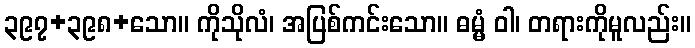
၃၉၇+၃၉၈+သော။ ကိုသိုလံ၊ အပြစ်ကင်းသော။ ဓမ္မံ ဝါ၊ တရားကိုမူလည်း။